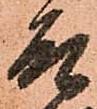
殿